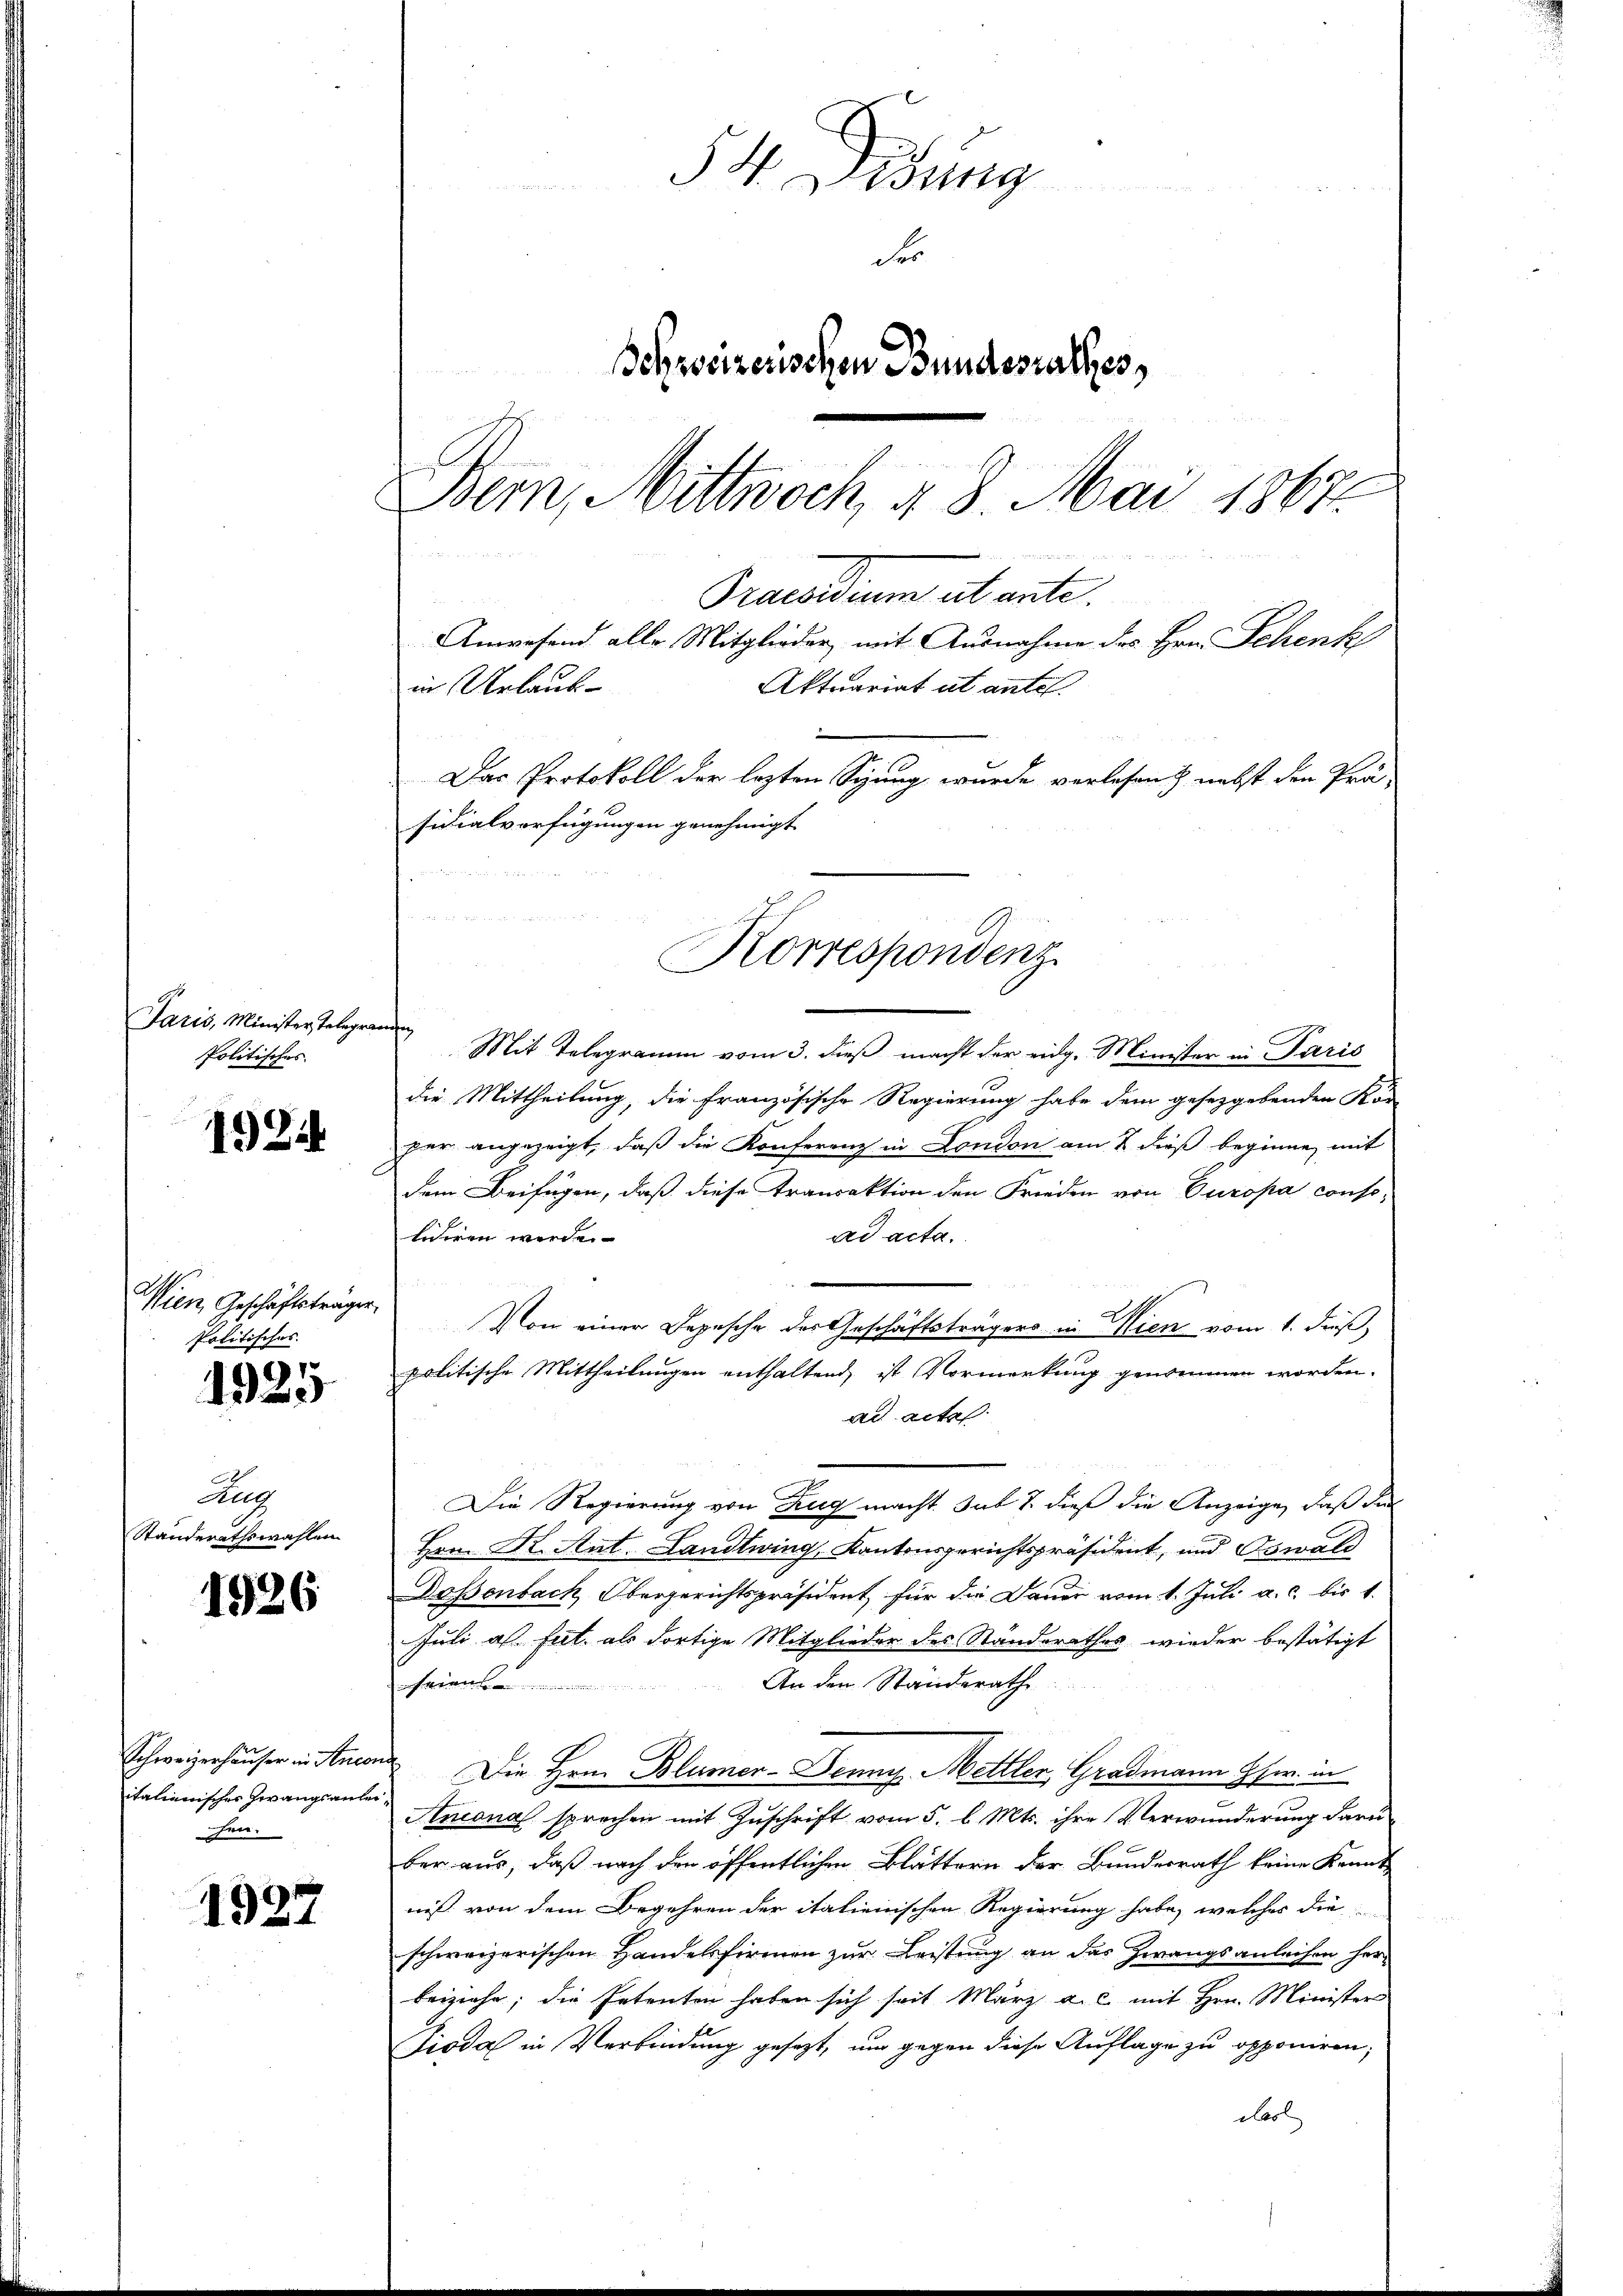
Paris, Minister Telegra¬
Politisches.

1924

Wien, Geschäftsträger
Politisches

1925

Aug
Standerathswahlen

1926

Schweizerhäuser in Inco
italienisches Zwangsante
chen.

1927

54. Didung
der
Behweizerischen Bundesrathes,
Bern, Mittwoch, § 8. Mai 1867.
Praesidium ut ante.
Anwesend alle Mitglieder mit Ausnahme des Hrn. Schenk
Aktuariat ut antes.
in Urlaub¬
Das Protokoll der lezten Sitzung wurde verlesen & nebst den Prä-
sidialverfügungen genehmigt

f
Mit Telegramm vom 3. dieß macht der eidg. Minister in Paris
die Mittheilung, die französische Regierung habe dem gesetzgebenden Ko
per angezeigt, daß die Konferenz in London am 2. dieß beginne, mit
dem Beifügen, daß diese Transaktion den Frieden von Europa consoliiren werde.
ad acta.
Von einer Depesche des Geschäftsträgers in Wien vom 1. dieß,
politische Mittheilungen enthaltend, ist Vormerkung genommen worden.
ad actes
Die Regierung von Zug macht. sub 7. dieß die Anzeige, daß die
Hrn. Dr. Ant. Landtwing, Kantonsgerichtspräsident, und Oswald
Dassenbach Obergerichtspräsident, für die Dauer vom 1. Juli a. c. bis 1.
Juli alt hat. als dortige Mitglieder des Standerathes wieder bestätigt
An der Standerath
.
Die Hern Blümer-Denny, Mettler, Gradmann Hs. in
Ancona sprechen mit Zuschrift vom 5. d. Mts. ihre Verwunderung daru
ber aus, daß nach den öffentlichen Blättern der Bundesrath keine Kennt
niß von dem Begehren der italienischen Regierung habe, welches die
schweizerischen Handelsfirmen zur Leistung an das Zwangsanleihen her¬
Beiziehe; die Petenten haben sich seit März a. c. mit Hrn. Minister
Pioda in Verbindung gesezt, um gegen diese Auflage zu opponiren;
esl

Korrespondenz